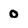
Character: o